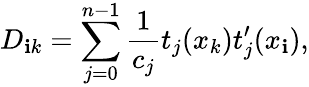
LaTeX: D_{\mathbf{i}k}=\sum_{j=0}^{n-1}\frac{{1}}{{c_{j}}}t_{j}(x_{k})t_{j}^{\prime}(x_{\mathbf{i}}),